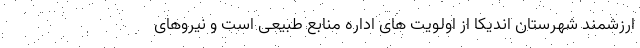
ارزشمند شهرستان اندیکا از اولویت های اداره منابع طبیعی است و نیروهای